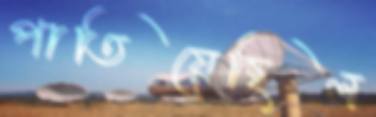
পাতিয়েছিল